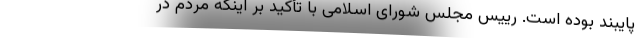
پایبند بوده است. رییس مجلس شورای اسلامی با تأکید بر اینکه مردم در